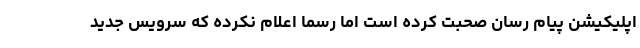
اپلیکیشن پیام رسان صحبت کرده است اما رسما اعلام نکرده که سرویس جدید